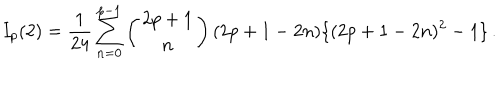
I _ { p } ( 2 ) = \frac { 1 } { 2 4 } \sum _ { n = 0 } ^ { p - 1 } \left( \begin{array} { c } { { 2 p + 1 } } \\ { { n } } \\ \end{array} \right) ( 2 p + 1 - 2 n ) \{ ( 2 p + 1 - 2 n ) ^ { 2 } - 1 \} \, .